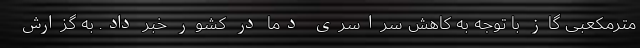
مترمکعبی گاز با توجه به کاهش سراسری دما در کشور خبر داد. به گزارش